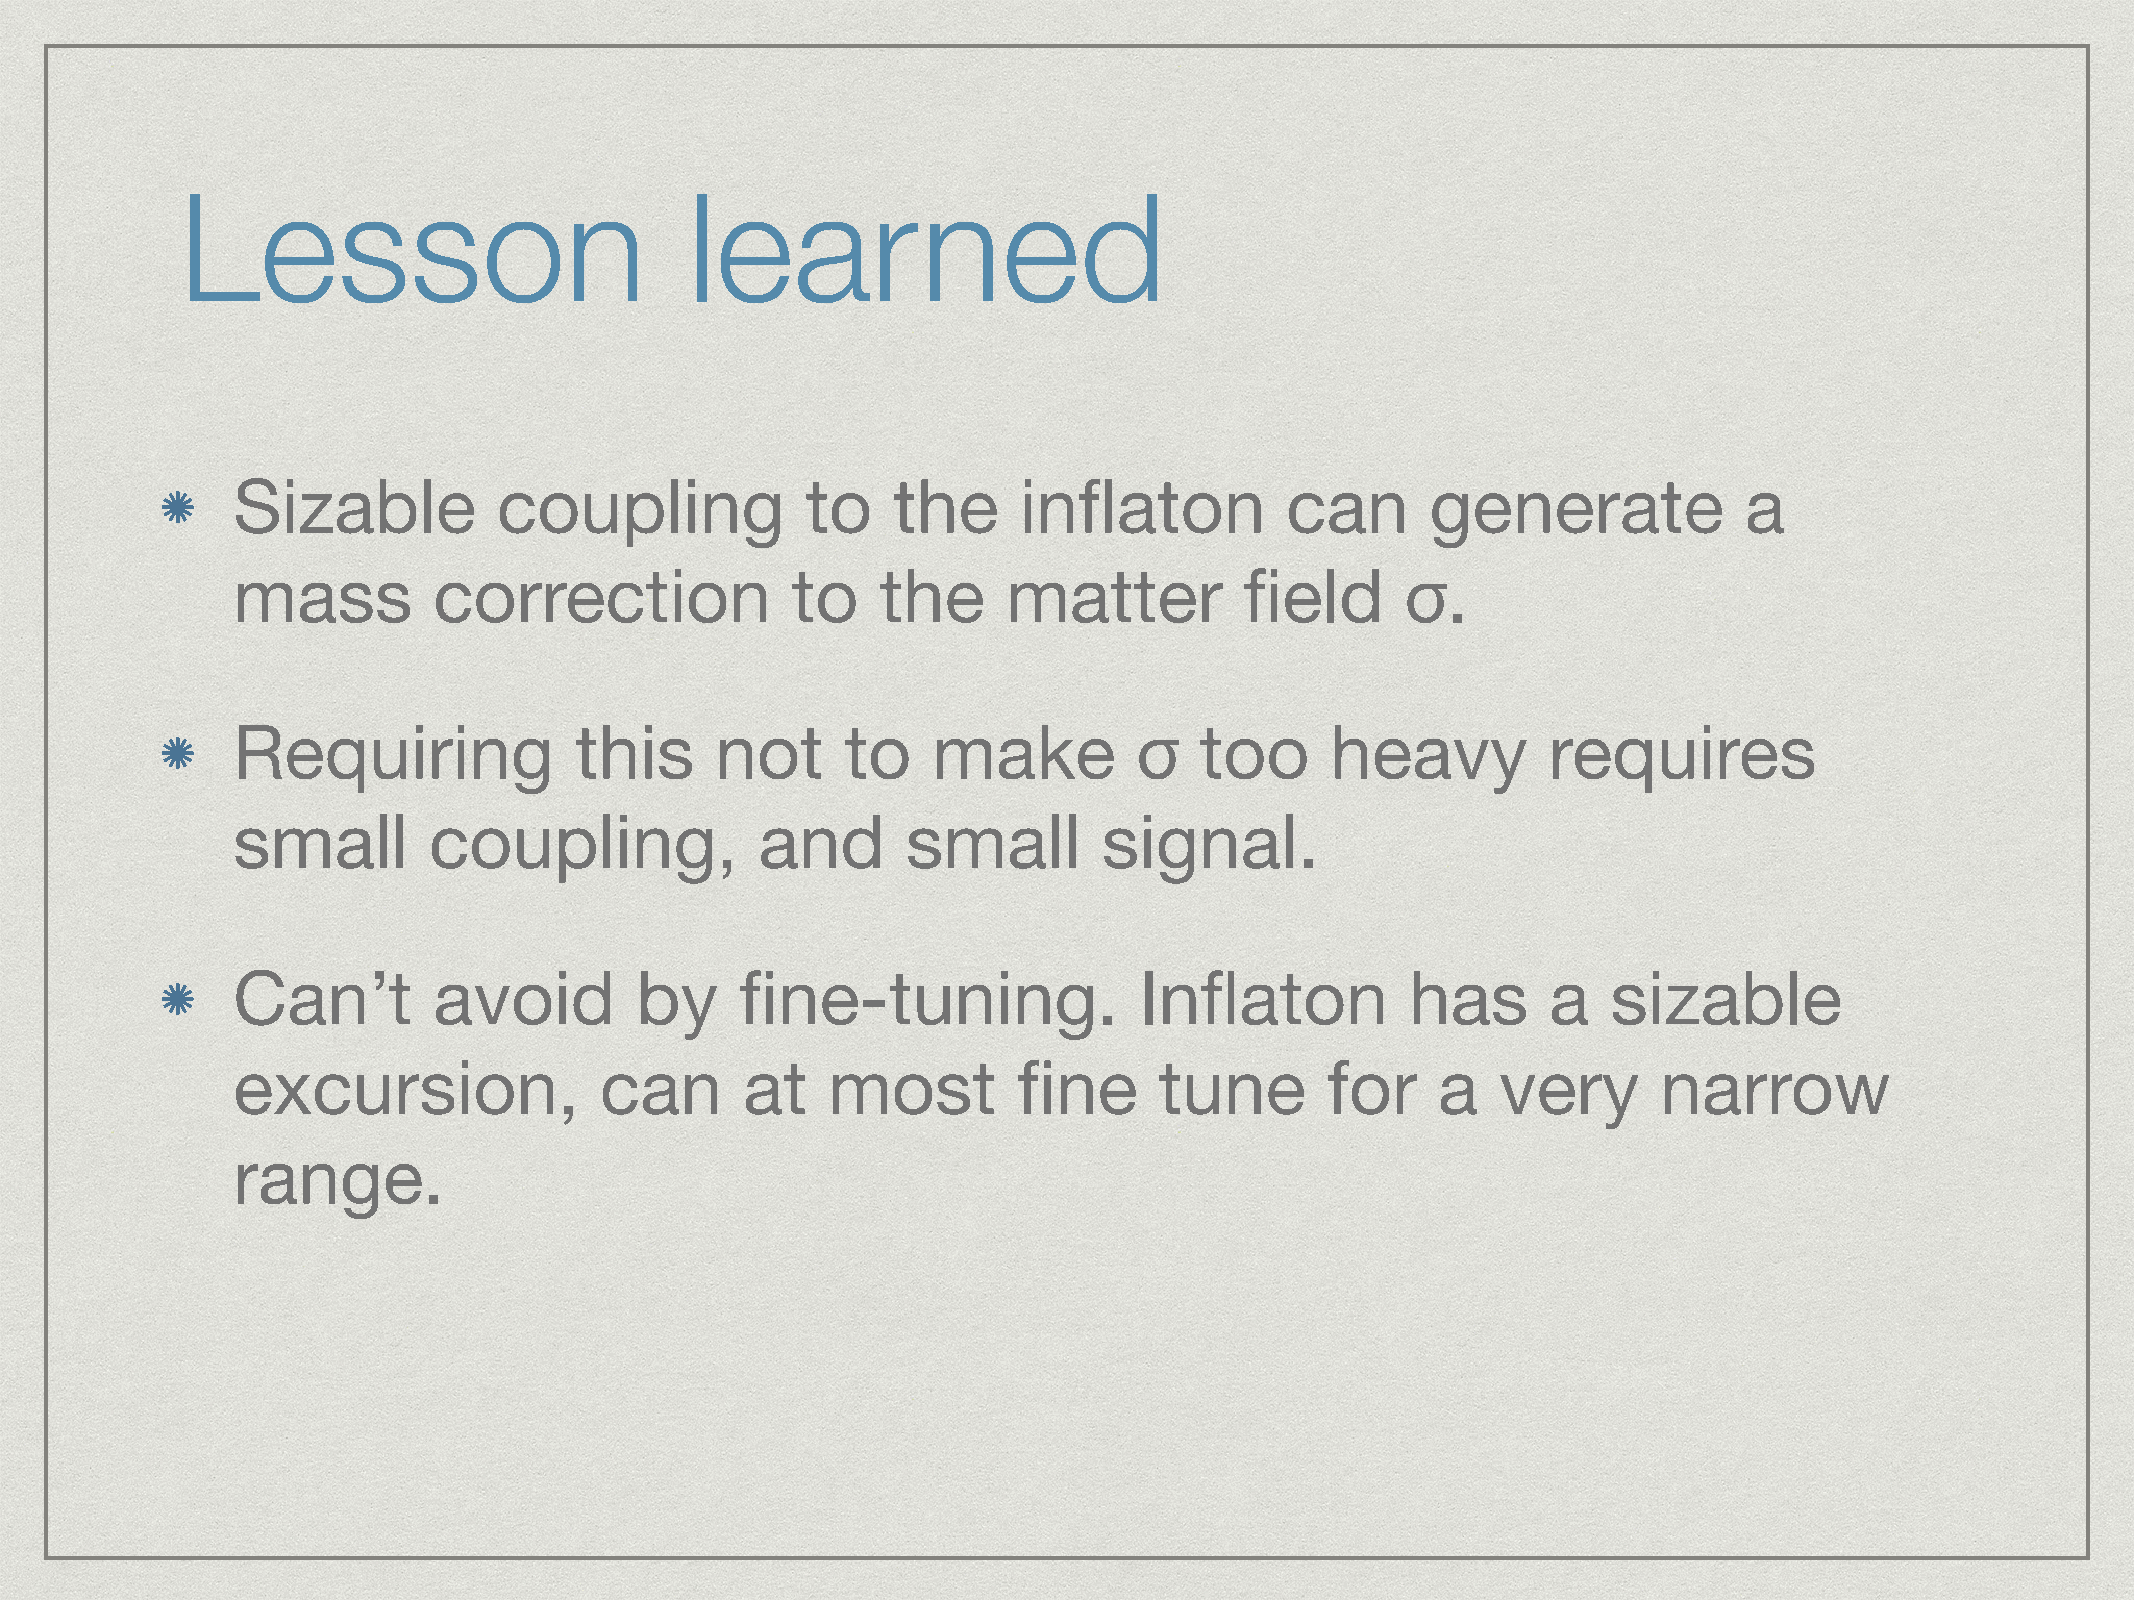
Lesson                            learned
 Sizable           coupling            to    the     inflaton          can       generate            a
 mass          correction             to    the      matter         field      σ.
 Requiring              this     not      to    make         σ   too      heavy         requires
 small        coupling,             and       small        signal.
 Can’t         avoid        by     fine-tuning.              Inflaton          has       a   sizable
 excursion,               can      at    most        fine      tune       for    a   very       narrow
 range.